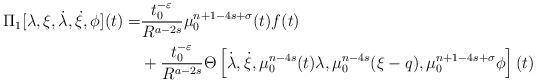
LaTeX: \begin{align*}\begin{aligned}\Pi_1[\lambda, \xi, \dot{\lambda}, \dot{\xi}, \phi](t) =& \frac{t_0^{-\varepsilon}}{R^{a-2s}}\mu_0^{n+1-4s + \sigma}(t)f(t)\\& + \frac{t_0^{-\varepsilon}}{R^{a-2s}}\Theta\left[\dot{\lambda},\dot{\xi}, \mu_0^{n-4s}(t)\lambda, \mu_0^{n-4s}(\xi-q), \mu_0^{n+1-4s+\sigma}\phi\right](t)\end{aligned}\end{align*}